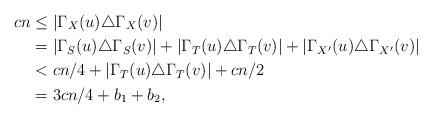
LaTeX: \begin{align*}cn &\le |\Gamma_{X}(u)\triangle \Gamma_{X}(v)|\\&=|\Gamma_{S}(u)\triangle \Gamma_{S}(v)|+|\Gamma_{T}(u)\triangle \Gamma_{T}(v)|+|\Gamma_{X'}(u)\triangle \Gamma_{X'}(v)|\\&<cn/4+|\Gamma_{T}(u)\triangle \Gamma_{T}(v)|+cn/2\\&=3cn/4+b_1+b_2,\end{align*}